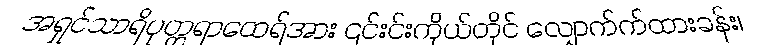
အရှင်သာရိပုတ္တရာထေရ်အား ၎င်းင်းကိုယ်တိုင် လျှောက်က်ထားခန်း၊